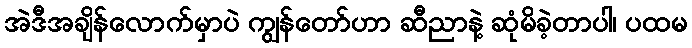
အဲဒီအချိန်လောက်မှာပဲ ကျွန်တော်ဟာ ဆီညာနဲ့ ဆုံမိခဲ့တာပါ၊ ပထမ